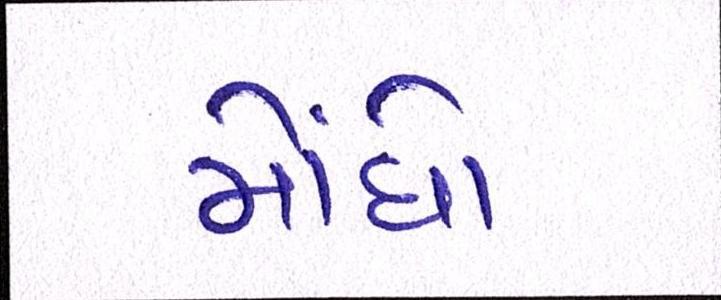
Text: મોંધો